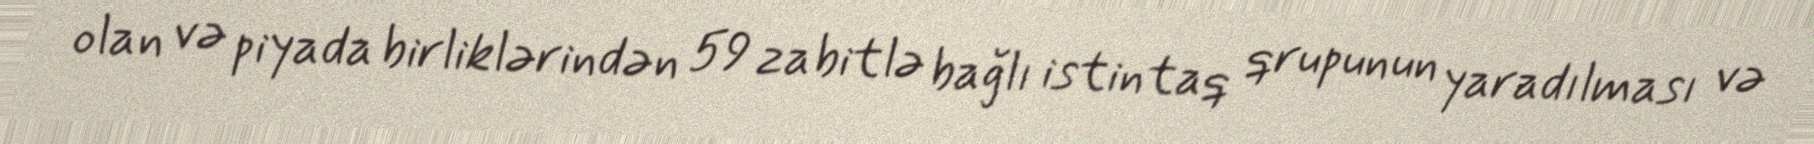
olan və piyada birliklərindən 59 zabitlə bağlı istintaq qrupunun yaradılması və